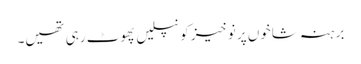
برہنہ شاخوں پر نوخیز کونپلیں پھوٹ رہی تھیں۔